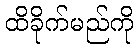
ထိခိုက်မည်ကို